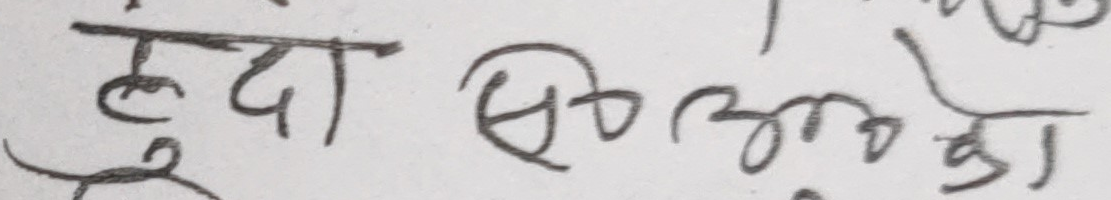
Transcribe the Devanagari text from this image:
हुँदा पो ओका